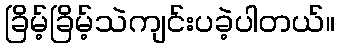
ခြိမ့်ခြိမ့်သဲကျင်းပခဲ့ပါတယ်။